Civil Veterinary Dept. Assam report 1927-50 - 1927-1950
Year: 1927
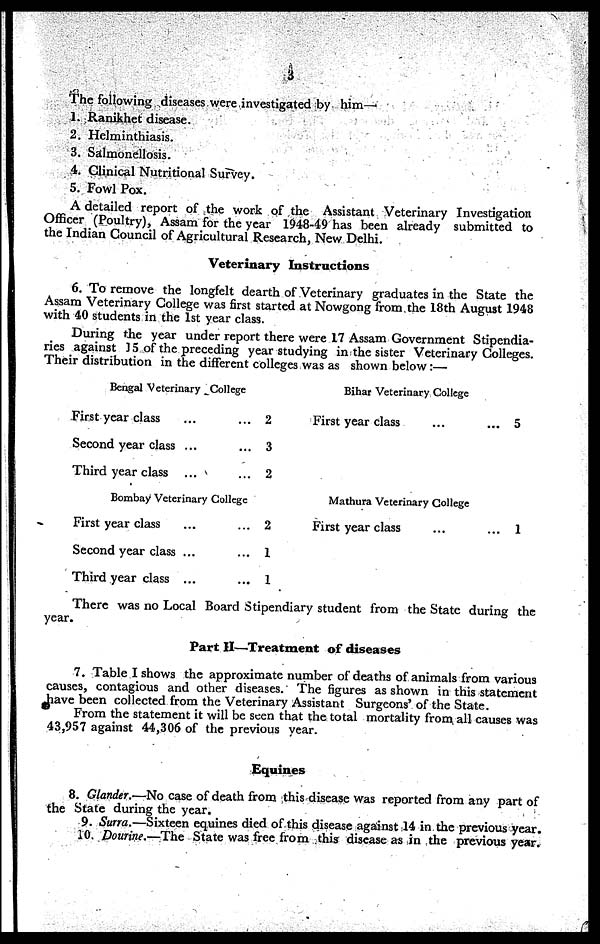
3
The following diseases were investigated by him—.
1. Ranikhet disease.
2. Helminthiasis.
3. Salmonellosis.
4. Clinical Nutritional Survey.
5. Fowl Pox.
A detailed report of the work of the Assistant Veterinary Investigation
Officer (Poultry), Assam for the year 1948-49 has been already submitted to
the Indian Council of Agricultural Research, New Delhi.
Veterinary Instructions
6. To remove the longfelt dearth of Veterinary graduates in the State the
Assam Veterinary College was first started at Nowgong from the 18th August 1948
with 40 students in the 1st year class.
During the year under report there were 17 Assam Government Stipendia-
ries against J 5 of the preceding year studying in the sister Veterinary Colleges.
Their distribution in the different colleges was as shown below:—
Bengal Veterinary College
First year class ... ...
Second year class ... ...
Third year class ... ...
Bombay Veterinary College
First year class ... ...
Second year class ... ...
Third year class ... ...
2
3
2
2
1
1
Bihar Veterinary College
First year class ...
Mathura Veterinary College
First year class ...
... 5
... 1
There was no Local Board Stipendiary student from the State during the
year.
Part II—Treatment of diseases
7. Table I shows the approximate number of deaths of animals from various
causes, contagious and other diseases. The figures as shown in this statement
have been collected from the Veterinary Assistant Surgeons' of the State.
From the statement it will be seen that the total mortality from all causes was
43,957 against 44,306 of the previous year.
Equines
8. Glander.—No case of death from this disease was reported from any part of
the State during the year.
9. Surra.—Sixteen equines died of this disease against 14 in the previous year.
10. Dourine.—The State was free from this disease as in the previous year.